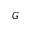
G